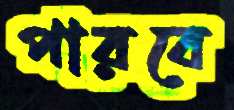
পারবে